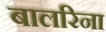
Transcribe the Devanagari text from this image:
बालरिना